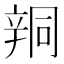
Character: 𨐗